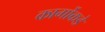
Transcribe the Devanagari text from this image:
कार्गोकडे